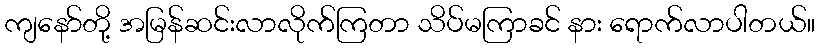
ကျနော်တို့ အမြန်ဆင်းလာလိုက်ကြတာ သိပ်မကြာခင် နား ရောက်လာပါတယ်။